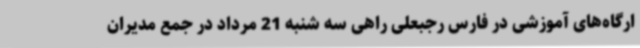
ارگاه‌های آموزشی در فارس رجبعلی راهی سه شنبه 21 مرداد در جمع مدیران